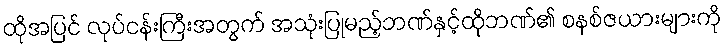
ထိုအပြင် လုပ်ငန်းကြီးအတွက် အသုံးပြုမည့်ဘဏ်နှင့်ထိုဘဏ်၏ စနစ်ဇယားများကို